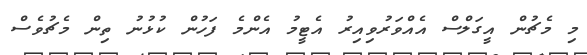
މި މެޗުން އީގަލްސް އެއްވަރުވިއިރު އެޓީމު އެންމެ ފަހުން ކުޅުނު ތިން މެޗުވެސް